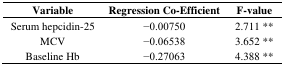
| Variable | Regression Co-Efficient | F-value |
 | --- | --- | --- |
 | Serum hepcidin-25 | −0.00750 | 2.711 ** |
 | MCV | −0.06538 | 3.652 ** |
 | Baseline Hb | −0.27063 | 4.388 ** |